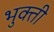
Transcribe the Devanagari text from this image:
भुक्ती